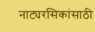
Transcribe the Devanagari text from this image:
नाट्यरसिकांसाठी